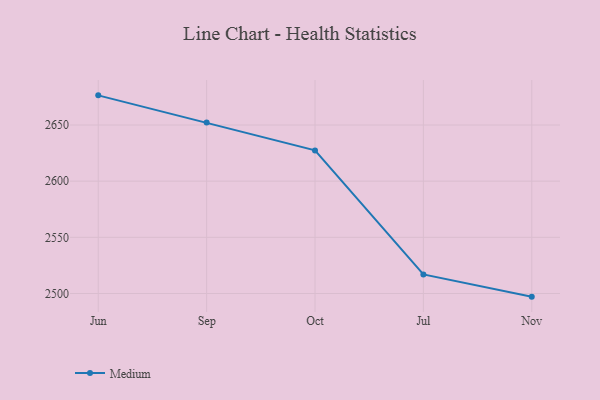
{"axis": {"x": "Month", "y": "Gross Profit (USD K)"}, "legend": ["Medium"], "data": [{"x": "Jun", "y": 2676.4, "type": "Medium"}, {"x": "Sep", "y": 2652.2, "type": "Medium"}, {"x": "Oct", "y": 2627.4, "type": "Medium"}, {"x": "Jul", "y": 2517.0, "type": "Medium"}, {"x": "Nov", "y": 2497.2, "type": "Medium"}]}